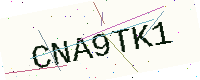
Text: CNA9TK1